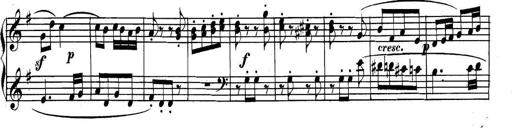
Title: Collected Piano Sonatas
Composer: Muzio Clementi